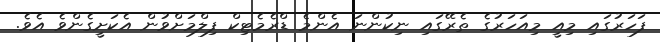
ފަހަރުގައި މިއީ މިއަހަރުގެ ތެރޭގައި ނިކުންނަ އެންމެ ޑްރެމެޓިކް ފިލްމަށްވުން އެކަށީގެންވެ އެވެ.